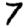
Digit: 7